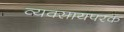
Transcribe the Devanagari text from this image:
व्यवसायपरक